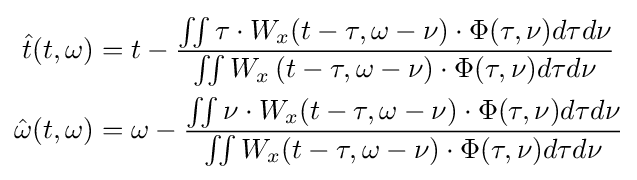
{\begin{aligned}{\hat {t}}(t,\omega )&=t-{\frac {\iint \tau \cdot W_{x}(t-\tau ,\omega -\nu )\cdot \Phi (\tau ,\nu )d\tau d\nu }{\iint W_{x}\left(t-\tau ,\omega -\nu \right)\cdot \Phi (\tau ,\nu )d\tau d\nu }}\\{\hat {\omega }}(t,\omega )&=\omega -{\frac {\iint \nu \cdot W_{x}(t-\tau ,\omega -\nu )\cdot \Phi (\tau ,\nu )d\tau d\nu }{\iint W_{x}(t-\tau ,\omega -\nu )\cdot \Phi (\tau ,\nu )d\tau d\nu }}\end{aligned}}